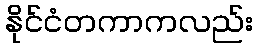
နိုင်ငံတကာကလည်း